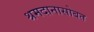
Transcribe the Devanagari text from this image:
श्रमदानासोबत